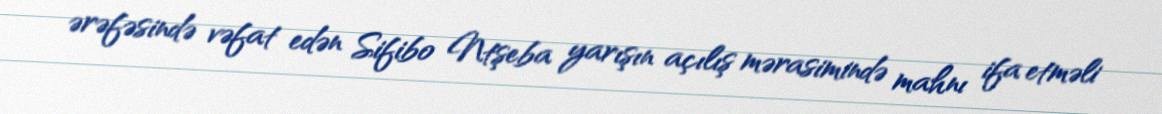
ərəfəsində vəfat edən Sifibo Ntşeba yarışın açılış mərasimində mahnı ifa etməli